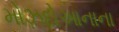
મોઝદોઆનાના